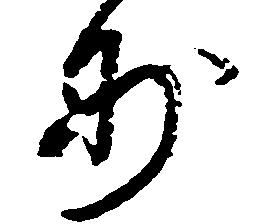
妙